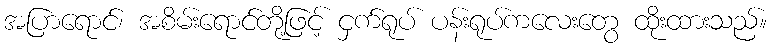
အပြာရောင်၊ အစိမ်းရောင်တို့ဖြင့် ငှက်ရုပ် ပန်းရုပ်ကလေးတွေ ထိုးထားသည်။